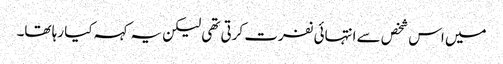
میں اس شخص سے انتہائی نفرت کرتی تھی لیکن یہ کہہ کیا رہا تھا۔